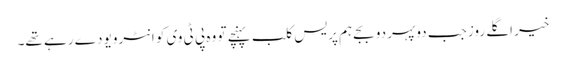
خیر اگلے روز جب دوپہر دو بجے ہم پریس کلب پہنچے تو وہ پی ٹی وی کو انٹرویو دے رہے تھے۔